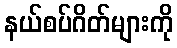
နယ်စပ်ဂိတ်များကို